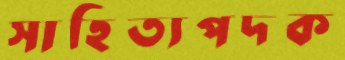
সাহিত্যপদক